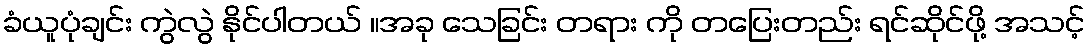
ခံယူပုံချင်း ကွဲလွဲ နိုင်ပါတယ် ။အခု သေခြင်း တရား ကို တပြေးတည်း ရင်ဆိုင်ဖို့ အသင့်